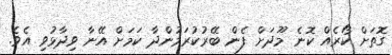
ގޮތަށް ކޯރެއް ކޮނެ މޫދަށް ފެން ބޭރުކުރަމުންދާ ކަމަށް އޭނާ ވިދާޅުވި އެވެ.